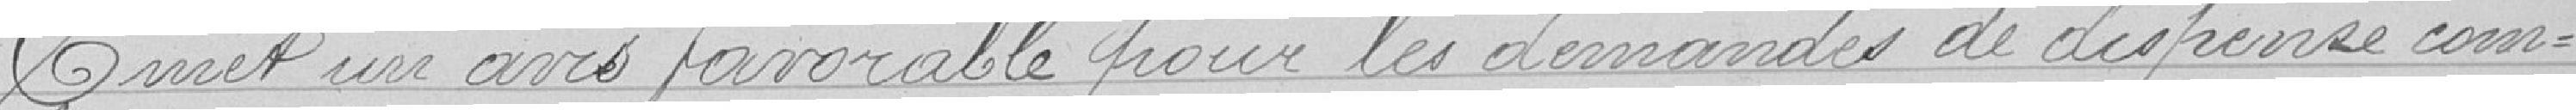
Omet un avis favorable pour les demandes de dispense com-